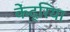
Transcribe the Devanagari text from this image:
केंद्रिया